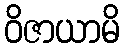
ဝိဇာယာမိ